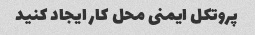
پروتکل ایمنی محل کار ایجاد کنید